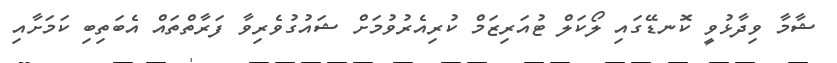
ޝާމާ ވިދާޅުވީ ކޮނޑޭގައި ލޯކަލް ޓުއަރިޒަމް ކުރިއެރުވުމަށް ޝައުގުވެރިވާ ފަރާތްތައް އެބަތިބި ކަމަށާއި